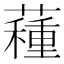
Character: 𧀑